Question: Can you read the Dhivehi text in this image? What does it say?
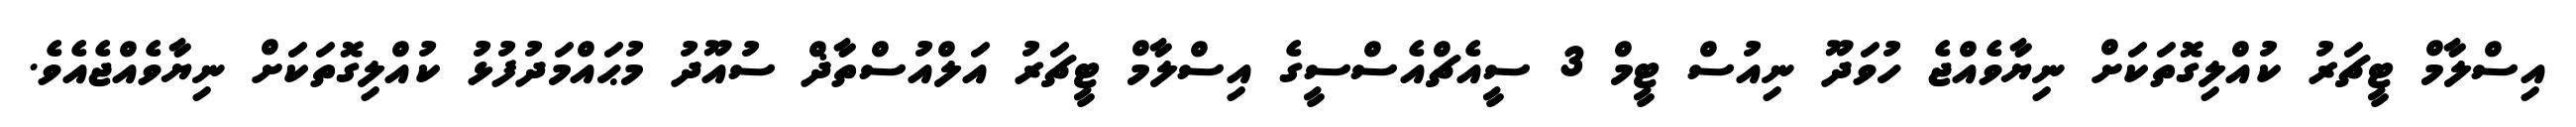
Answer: އިސްލާމް ޓީޗަރު ކުއްލިގޮތަކަށް ނިޔާވެއްޖެ ހުވަދޫ ނިއުސް ޓީމް 3 ސީއެޗްއެސްސީގެ އިސްލާމް ޓީޗަރު އަލްއުސްތާޛް ސުއޫދު މުޙައްމަދުފުޅު ކުއްލިގޮތަކަށް ނިޔާވެއްޖެއެވެ.